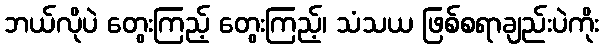
ဘယ်လိုပဲ တွေးကြည့် တွေးကြည့်၊ သံသယ ဖြစ်စရာချည်းပဲကိုး